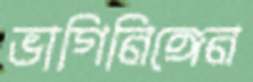
ভাগিনিঙ্গেন